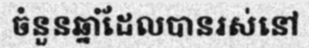
ចំនួនឆ្នាំដែលបានរស់នៅ